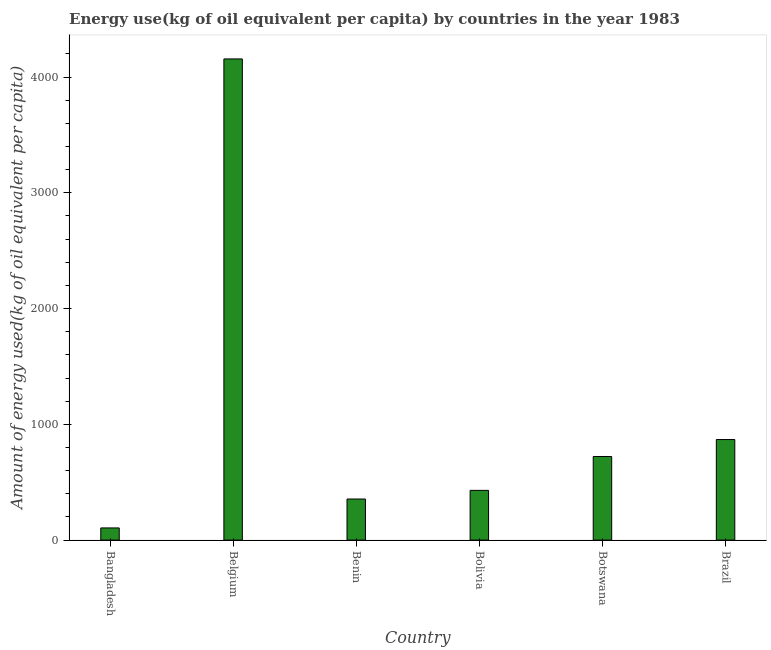
| Country | Energy use  |
 | --- | --- |
 | Bangladesh | 105 |
 | Belgium | 4.16e+03 |
 | Benin | 355 |
 | Bolivia | 430 |
 | Botswana | 722 |
 | Brazil | 869 |